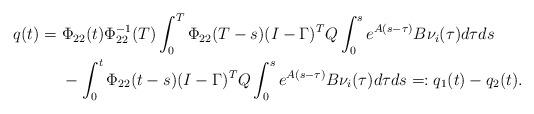
LaTeX: \begin{align*}q(t) =\ & \Phi_{22}(t)\Phi_{22}^{-1}(T) \int_0^T \Phi_{22}(T-s)(I-\Gamma)^TQ\int_0^se^{A(s-\tau)} B\nu_i (\tau) d\tau d s \\&-\int_0^t \Phi_{22}(t-s)(I-\Gamma)^TQ\int_0^se^{A(s-\tau)}B\nu_i (\tau) d\tau d s=: q_1(t)-q_2(t) .\end{align*}